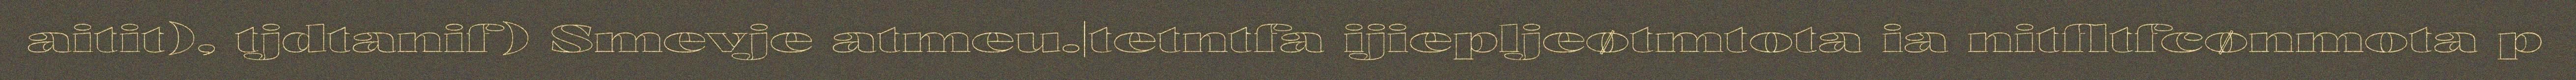
aitit), tjdtanif) Smevje atmeu.|tetntfa ijiepljeøtmtota ia nitfltfcønmota p